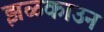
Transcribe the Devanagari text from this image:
झळकाउन